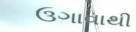
ઉગાવાથી